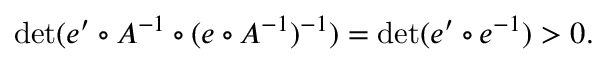
\operatorname* { d e t } ( e ^ { \prime } \circ A ^ { - 1 } \circ ( e \circ A ^ { - 1 } ) ^ { - 1 } ) = \operatorname* { d e t } ( e ^ { \prime } \circ e ^ { - 1 } ) > 0 .